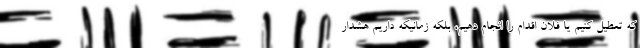
که تعطیل کنیم یا فلان اقدام را انجام دهیم، بلکه زمانیکه داریم هشدار